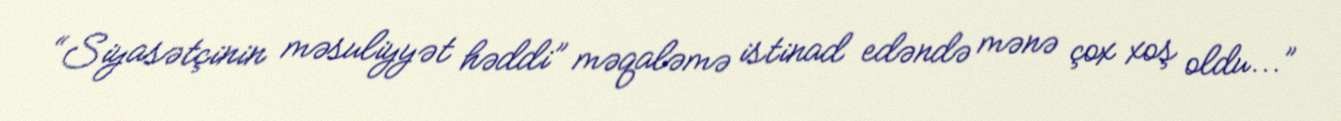
“Siyasətçinin məsuliyyət həddi” məqaləmə istinad edəndə mənə çox xoş oldu...”